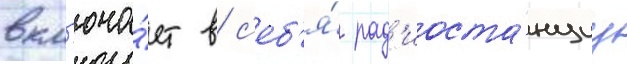
вкл'юча́ет в с'еб'я́ рад'иоста́нциу